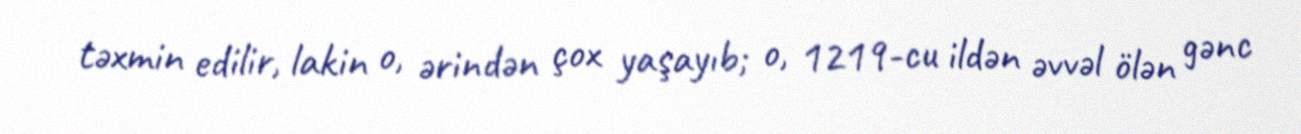
təxmin edilir, lakin o, ərindən çox yaşayıb; o, 1219-cu ildən əvvəl ölən gənc